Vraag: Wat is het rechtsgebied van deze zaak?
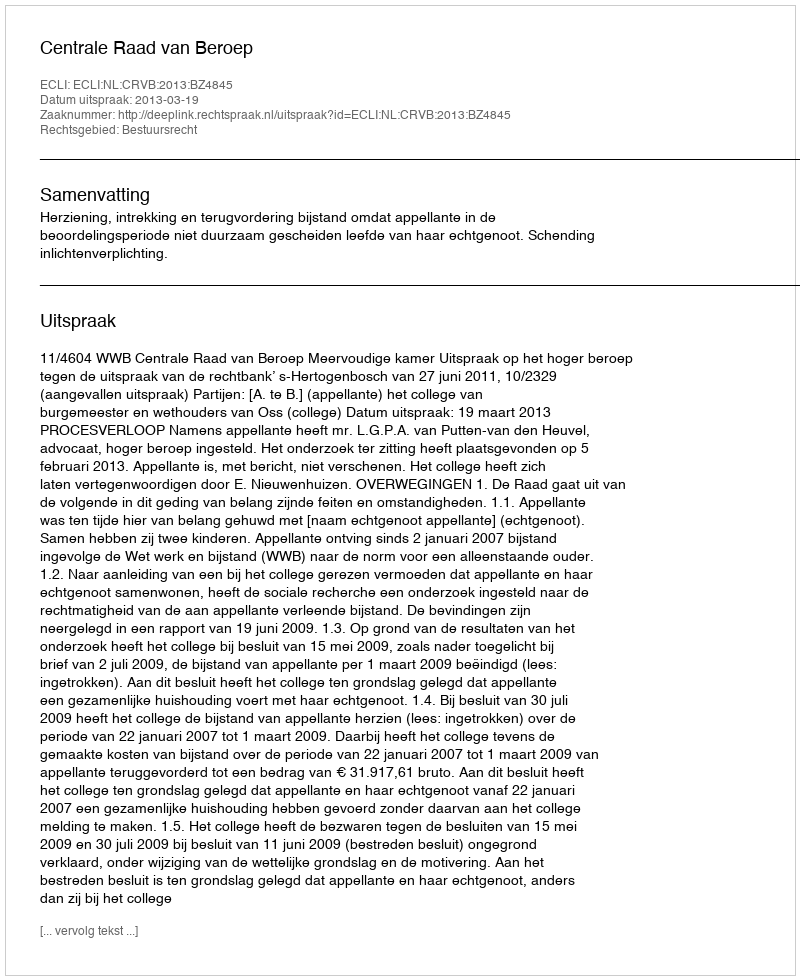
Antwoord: Bestuursrecht